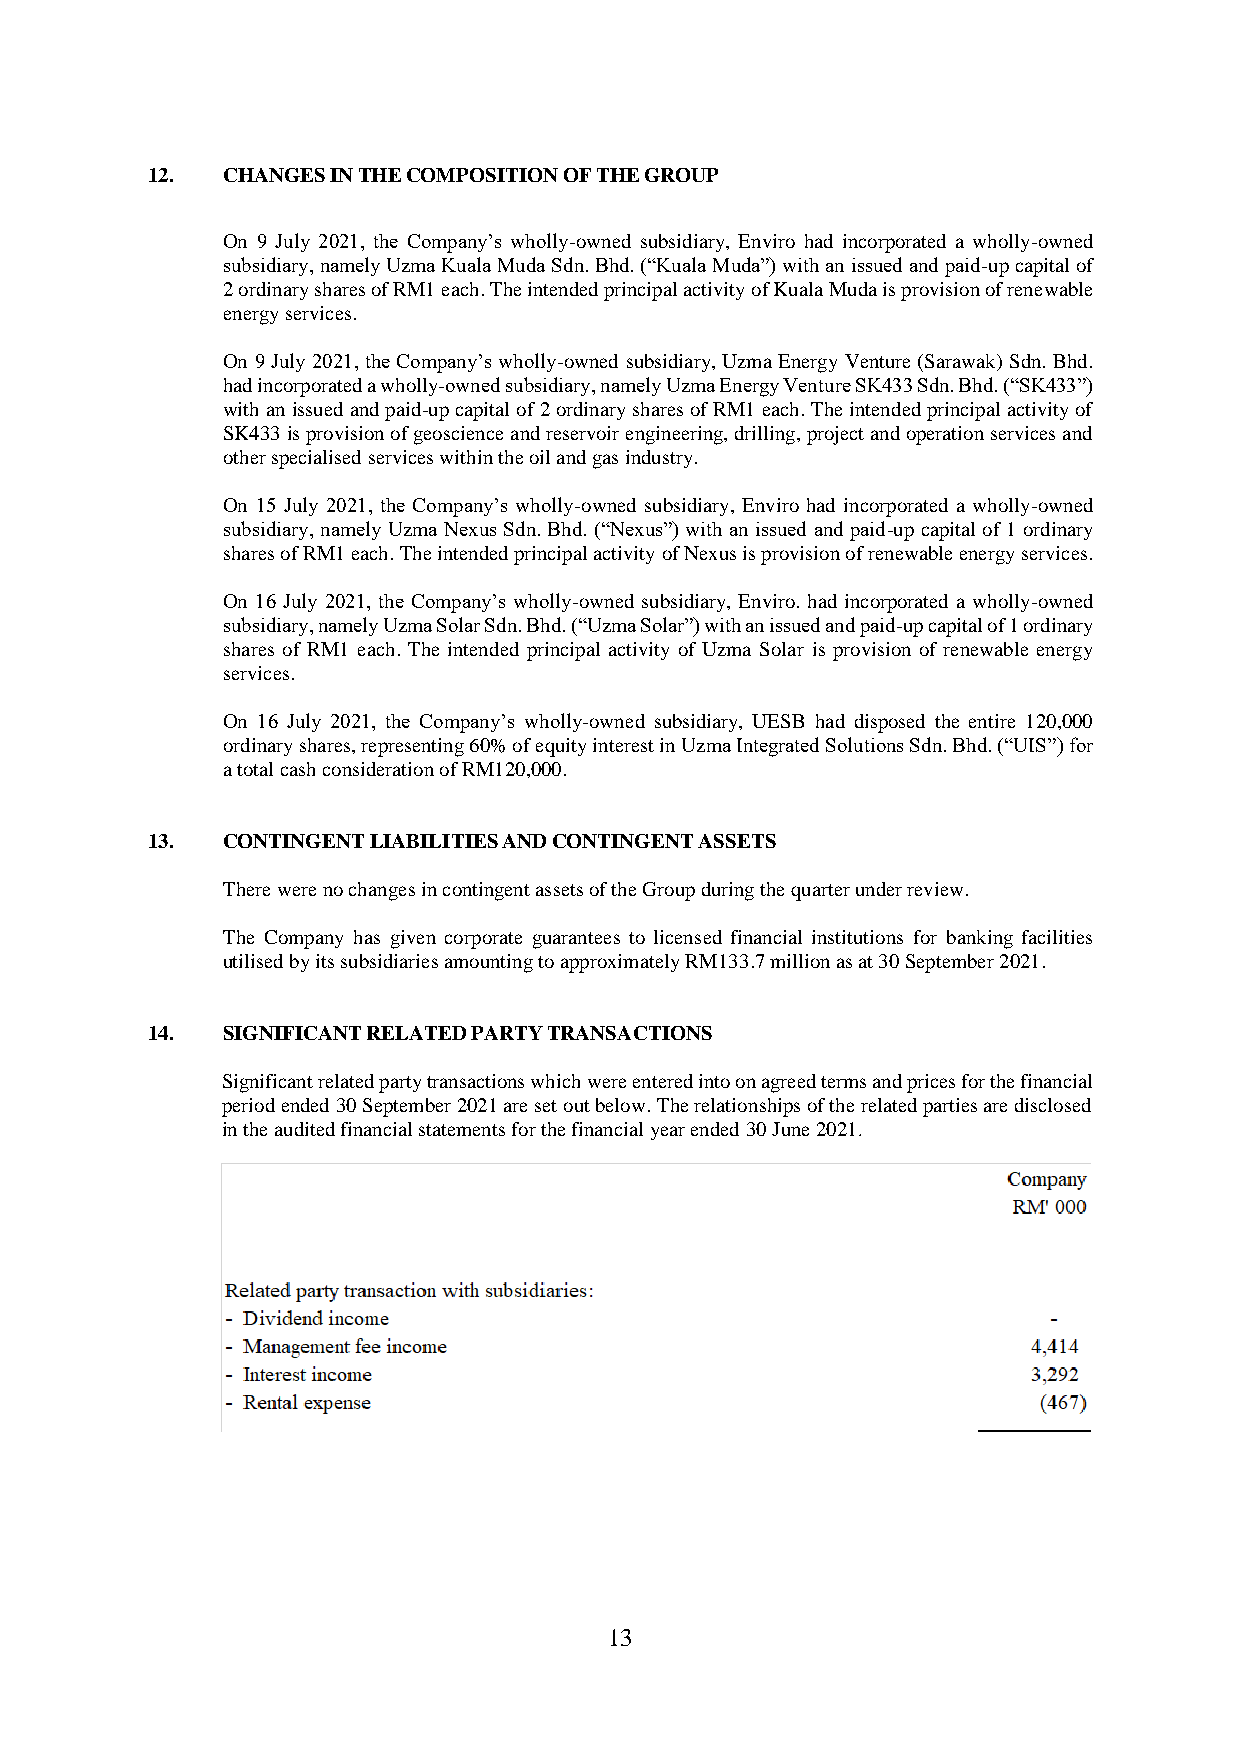
12.  CHANGES IN THE COMPOSITION OF THE GROUP
 On 9 July 2021, the Company’s wholly-owned subsidiary, Enviro had incorporated a wholly-owned
 subsidiary, namely Uzma Kuala Muda Sdn. Bhd. (“Kuala Muda”) with an issued and paid-up capital of
 2 ordinary shares of RM1 each. The intended principal activity of Kuala Muda is provision of renewable
 energy services.
 On 9 July 2021, the Company’s wholly-owned subsidiary, Uzma Energy Venture (Sarawak) Sdn. Bhd.
 had incorporated a wholly-owned subsidiary, namely Uzma Energy Venture SK433 Sdn. Bhd. (“SK433”)
 with an issued and paid-up capital of 2 ordinary shares of RM1 each. The intended principal activity of
 SK433 is provision of geoscience and reservoir engineering, drilling, project and operation services and
 other specialised services within the oil and gas industry.
 On 15 July 2021, the Company’s wholly-owned subsidiary, Enviro had incorporated a wholly-owned
 subsidiary, namely Uzma Nexus Sdn. Bhd. (“Nexus”) with an issued and paid-up capital of 1 ordinary
 shares of RM1 each. The intended principal activity of Nexus is provision of renewable energy services.
 On 16 July 2021, the Company’s wholly-owned subsidiary, Enviro. had incorporated a wholly-owned
 subsidiary, namely Uzma Solar Sdn. Bhd. (“Uzma Solar”) with an issued and paid-up capital of 1 ordinary
 shares of RM1 each. The intended principal activity of Uzma Solar is provision of renewable energy
 services.
 On 16 July 2021, the Company’s wholly-owned subsidiary, UESB had disposed the entire 120,000
 ordinary shares, representing 60% of equity interest in Uzma Integrated Solutions Sdn. Bhd. (“UIS”) for
 a total cash consideration of RM120,000.
 13.  CONTINGENT LIABILITIES AND CONTINGENT ASSETS
 There were no changes in contingent assets of the Group during the quarter under review.
 The Company has given corporate guarantees to licensed financial institutions for banking facilities
 utilised by its subsidiaries amounting to approximately RM133.7 million as at 30 September 2021.
 14.  SIGNIFICANT RELATED PARTY TRANSACTIONS
 Significant related party transactions which were entered into on agreed terms and prices for the financial
 period ended 30 September 2021 are set out below. The relationships of the related parties are disclosed
 in the audited financial statements for the financial year ended 30 June 2021.
 13